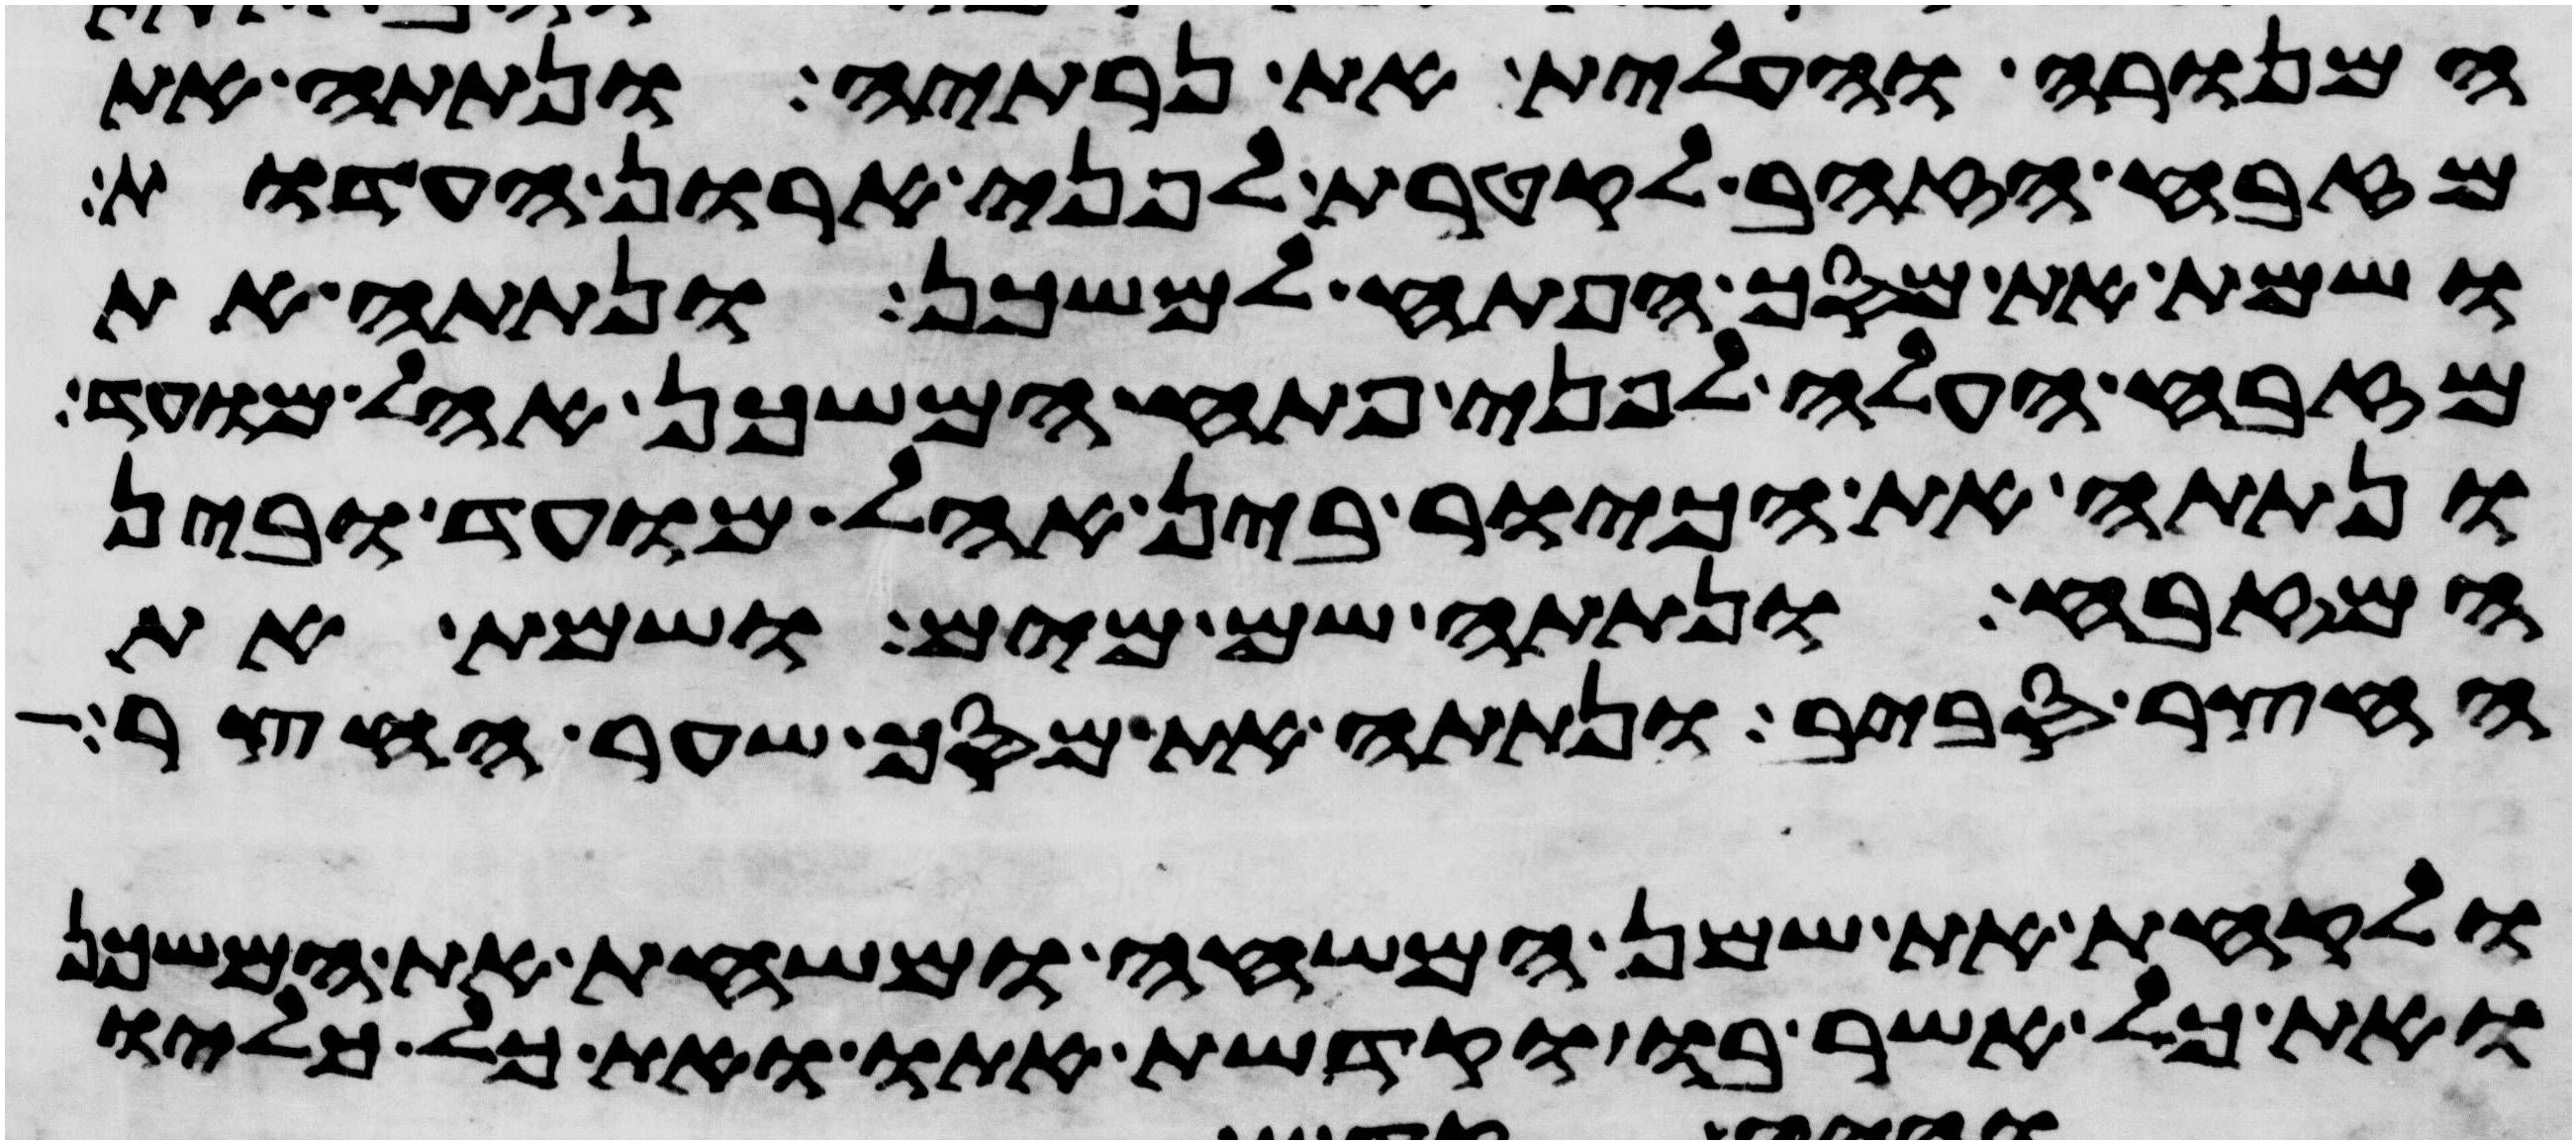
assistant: המנורה והעלית את נרתיה ונתתה את
מזבח הזהב לקטרת לפני ארון העדות
ושמת את מסך הפתח למשכן ונתתה את
מזבח העלה לפני פתח המשכן אהל מועד
ונתתה את הכיור בין אהל מועד ובין
המזבח ונתתה שם מים ושמת את
החצר סביב ונתתה את מסך שער החצר
ולקחת את שמן המשחה ומשחת את המשכן
ואת כל אשר בו וקדשת אתו ואת כל כליו